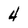
Character: 4